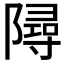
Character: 𨼔